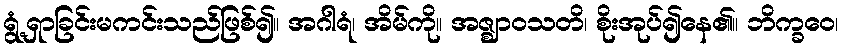
ရွံ့ရှာခြင်းမကင်းသည်ဖြစ်၍။ အဂါရံ၊ အိမ်ကို။ အဇ္ဈာဝသတိ၊ စိုးအုပ်၍နေ၏။ ဘိက္ခဝေ၊